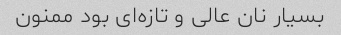
بسیار نان عالی و تازه‌ای بود ممنون